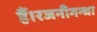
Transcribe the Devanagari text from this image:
हैं।रजनीगन्धा